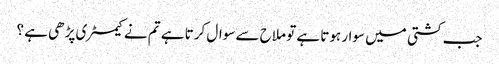
جب کشتی میں سوار ہوتا ہے تو ملاح سے سوال کرتا ہے تم نے کیمسٹری پڑھی ہے ؟